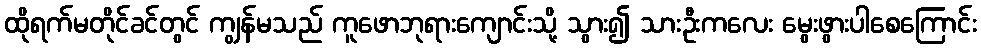
ထိုရက်မတိုင်ခင်တွင် ကျွန်မသည် ကူဖောဘုရားကျောင်းသို့ သွား၍ သားဦးကလေး မွေးဖွားပါစေကြောင်း